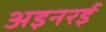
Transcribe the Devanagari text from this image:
अइनरई